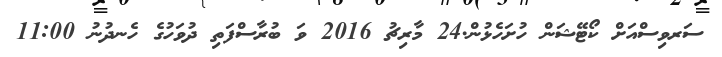
ސަރވިސްއަށް ކޯޓޭޝަން ހުށަހެޅުން.24 މާރިޗު 2016 ވަ ބުރާސްފަތި ދުވަހުގެ ހެނދުނު 11:00